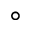
\circ